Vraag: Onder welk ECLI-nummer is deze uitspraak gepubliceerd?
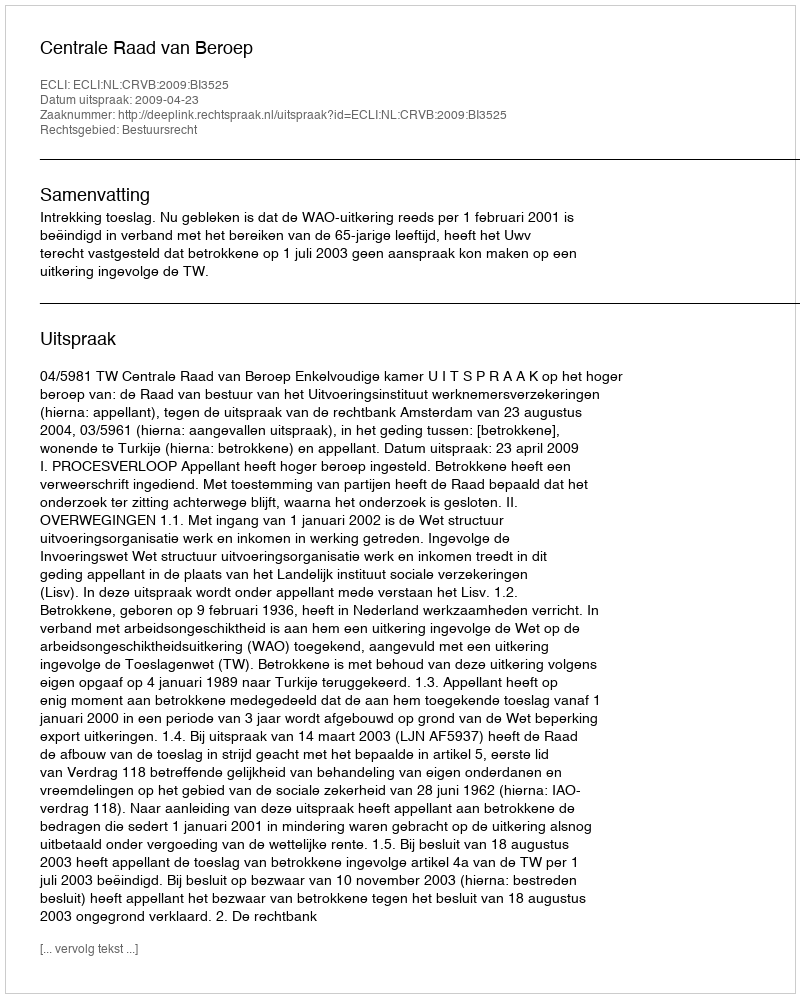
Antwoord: ECLI:NL:CRVB:2009:BI3525